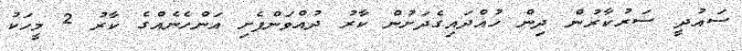
ސައުދީ ސަރުކާރުން ދިން ހުއްދައިގެދަށުން ކާރު ދުއްވަންފެށި އަންހެނެއްގެ ކާރު 2 މީހަކު